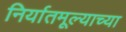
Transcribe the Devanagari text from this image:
निर्यातमूल्याच्या